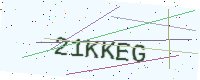
Text: 21KKEG